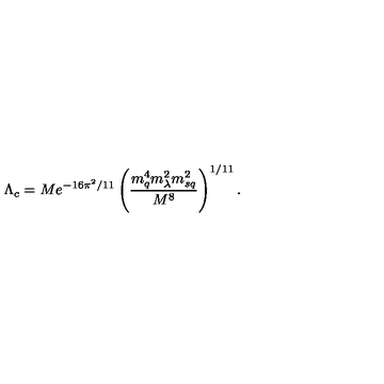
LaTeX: \Lambda _ { c } = M e ^ { - 1 6 \pi ^ { 2 } / 1 1 } \left( \frac { m _ { q } ^ { 4 } m _ { \lambda } ^ { 2 } m _ { s q } ^ { 2 } } { M ^ { 8 } } \right) ^ { 1 / 1 1 } .